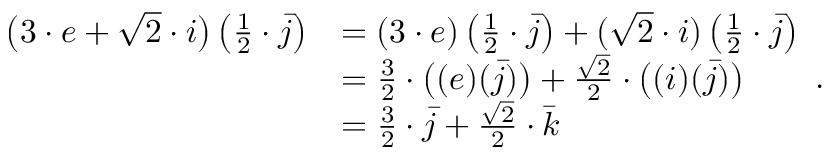
{ \begin{array} { r l } { { \big ( } 3 \cdot e + { \sqrt { 2 } } \cdot i { \big ) } \left( { \frac { 1 } { 2 } } \cdot { \bar { j } } \right) } & { = ( 3 \cdot e ) \left( { \frac { 1 } { 2 } } \cdot { \bar { j } } \right) + ( { \sqrt { 2 } } \cdot i ) \left( { \frac { 1 } { 2 } } \cdot { \bar { j } } \right) } \\ & { = { \frac { 3 } { 2 } } \cdot { \big ( } ( e ) ( { \bar { j } } ) { \big ) } + { \frac { \sqrt { 2 } } { 2 } } \cdot { \big ( } ( i ) ( { \bar { j } } ) { \big ) } } \\ & { = { \frac { 3 } { 2 } } \cdot { \bar { j } } + { \frac { \sqrt { 2 } } { 2 } } \cdot { \bar { k } } } \end{array} } .